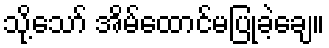
သို့သော် အိမ်ထောင်မပြုခဲ့ချေ။